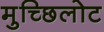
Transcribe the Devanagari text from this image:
मुच्छिलोट